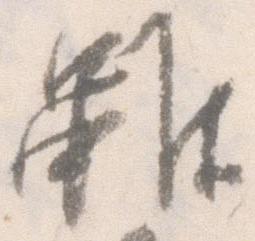
雖